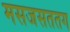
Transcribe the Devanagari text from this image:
मसजसततग